Civil Veterinary Department. Central Provinces & Berar 1932-41 - 1932-1941
Year: 1932
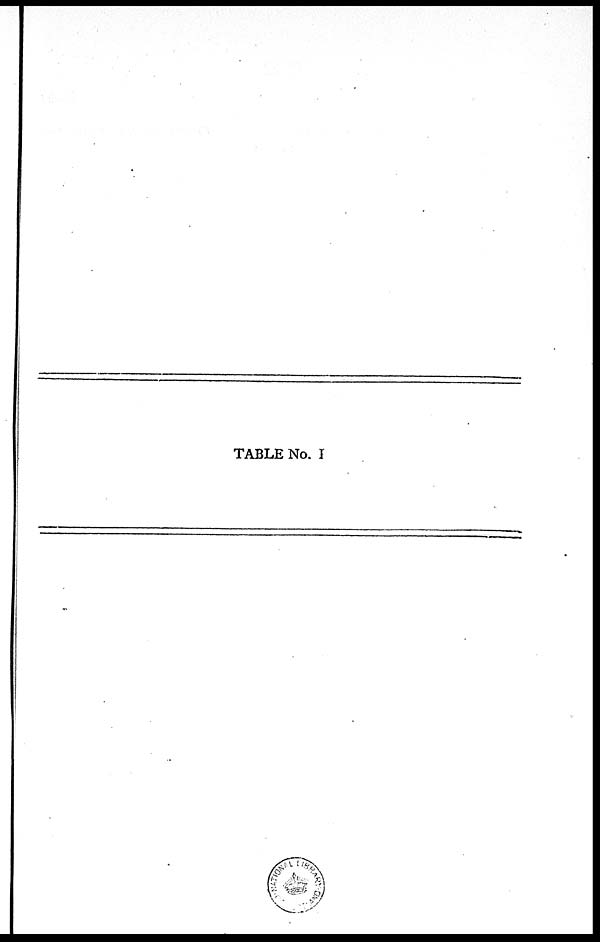
TABLE No. I